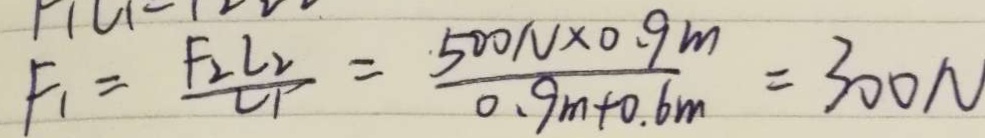
F _ { 1 } = \frac { F _ { 2 } L _ { 2 } } { L _ { 1 } } = \frac { 5 0 0 N \times 0 . 9 m } { 0 . 9 m + 0 . 6 m } = 3 0 0 N